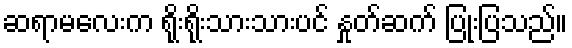
ဆရာမလေးက ရိုးရိုးသားသားပင် နှုတ်ဆက် ပြုံးပြသည်။